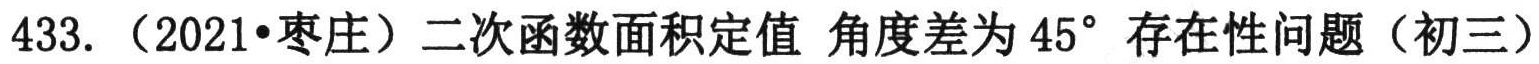
433. （2021•枣庄）二次函数面积定值 角度差为 \(45^{\circ}\) 存在性问题（初三）